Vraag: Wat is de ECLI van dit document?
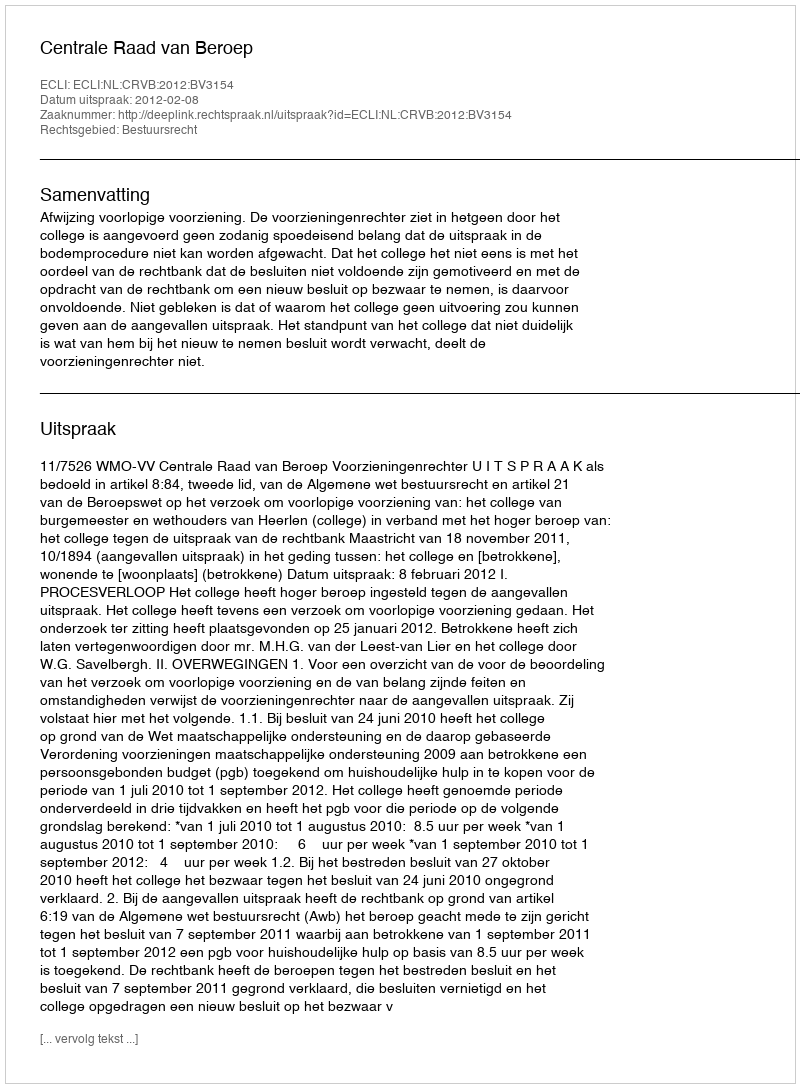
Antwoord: ECLI:NL:CRVB:2012:BV3154